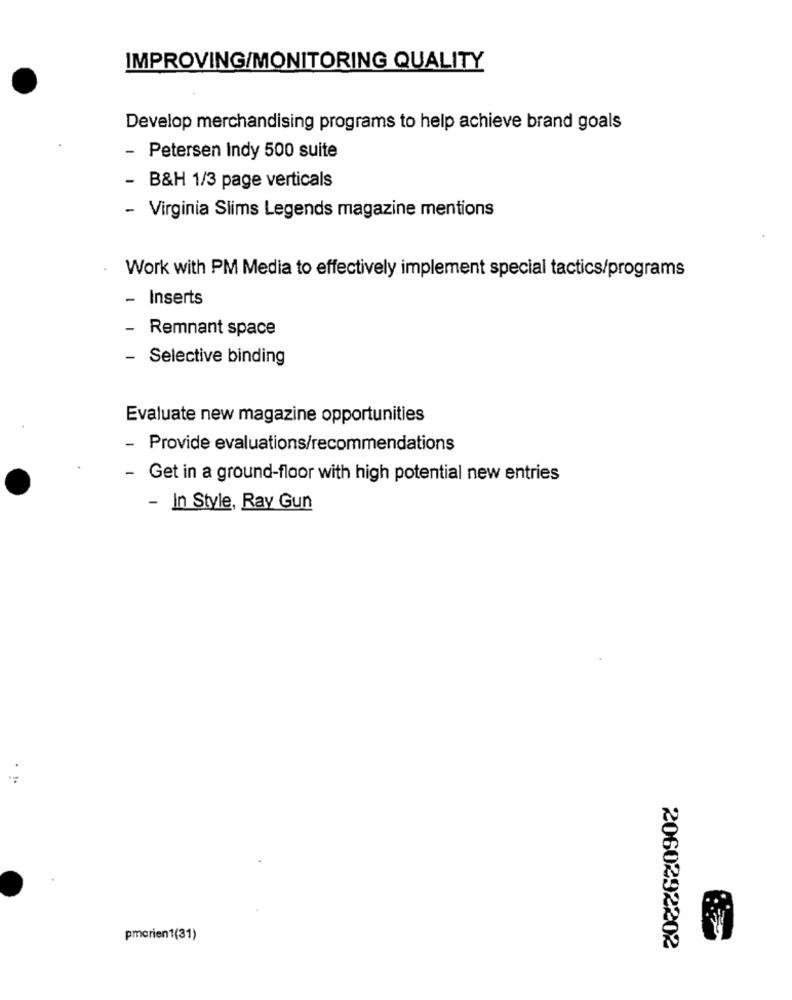
IMPROVING/MONITORING QUALITY
Develop merchandising programs to help achieve brand goals
- Petersen Indy 500 suite
- B&H 1/3 page verticals
- Virginia Slims Legends magazine mentions
Work with PM Media to effectively implement special tactics/programs
- Inserts
Remnant space
- Selective binding
Evaluate new magazine opportunities
- Provide evaluations/recommendations
- Get in a ground-floor with high potential new entries
- In Style, Ray Gun
pmorien1(31)
2060292202